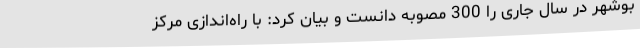
بوشهر در سال جاری را 300 مصوبه دانست و بیان کرد: با راه‌اندازی مرکز